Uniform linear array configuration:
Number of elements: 24
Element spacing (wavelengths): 0.25
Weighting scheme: hamming
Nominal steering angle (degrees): -45
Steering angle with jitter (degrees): -45.595
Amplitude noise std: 0.05
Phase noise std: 0.05

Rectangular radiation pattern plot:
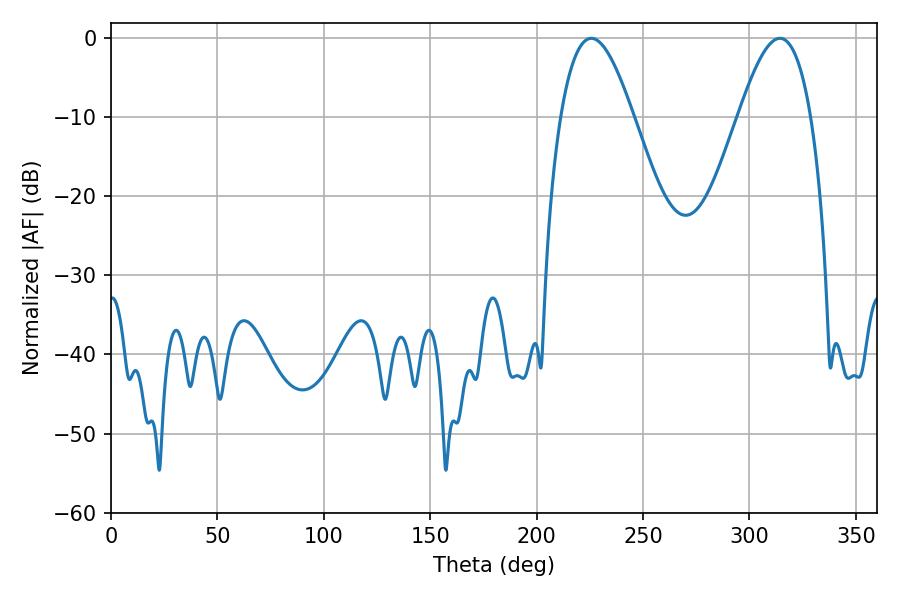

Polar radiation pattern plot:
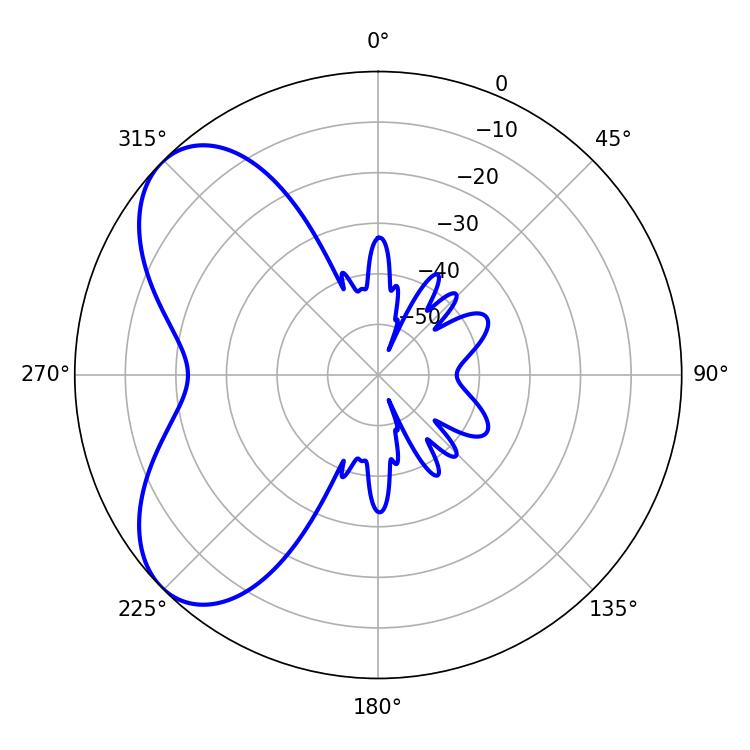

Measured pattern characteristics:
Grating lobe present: FALSE
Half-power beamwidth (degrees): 18.54
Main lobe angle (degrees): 225.72